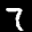
Label: 7